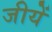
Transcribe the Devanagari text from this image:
जीयें